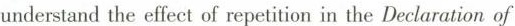
understand the elfect of repetition m tne Dectaraton of